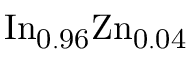
\mathrm { { I n } _ { 0 . 9 6 } \mathrm { { Z n } _ { 0 . 0 4 } } }